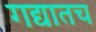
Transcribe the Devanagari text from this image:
गद्यातच